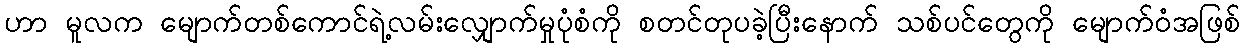
ဟာ မူလက မျောက်တစ်ကောင်ရဲ့လမ်းလျှောက်မှုပုံစံကို စတင်တုပခဲ့ပြီးနောက် သစ်ပင်တွေကို မျောက်ဝံအဖြစ်